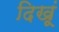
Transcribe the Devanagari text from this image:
दिखूं